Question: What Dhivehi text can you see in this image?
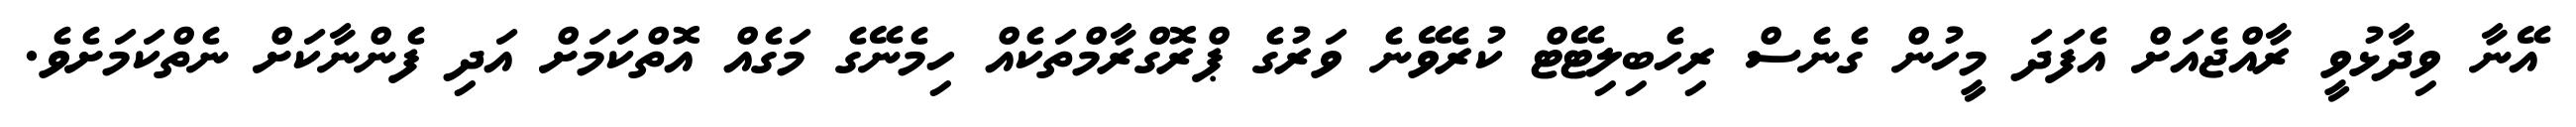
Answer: އޭނާ ވިދާޅުވީ ރާއްޖެއަށް އެފަދަ މީހުން ގެނެސް ރިހެބިލިޓޭޓް ކުރެވޭނެ ވަރުގެ ޕްރޮގްރާމްތަކެއް ހިމެނޭގެ މަގެއް އޮތްކަމަށް އަދި ފެންނާކަށް ނެތްކަމަށެވެ.